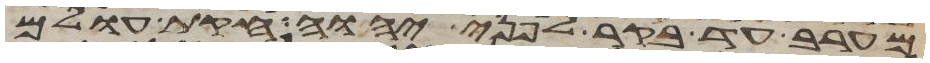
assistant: מערב עד בקר לפני יהוה חקות עולם